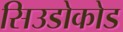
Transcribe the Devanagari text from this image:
सिउडोकोड